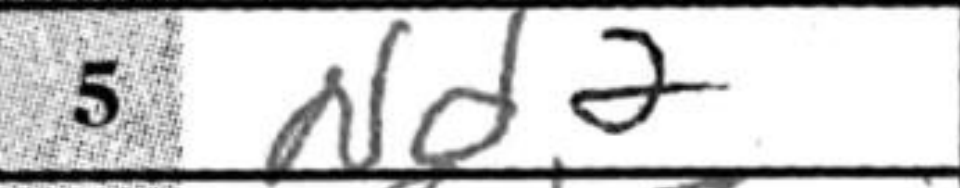
Transcription: Nd2